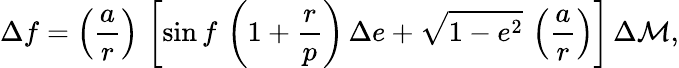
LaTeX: \Delta f=\left(\frac{a}{r}\right)\, \left[\sin f\, \left(1+\frac{r}{p}\right)\, \Delta e+\sqrt{1-e^{2}}\, \left(\frac{a}{r}\right)\right]\, \Delta\mathcal{M},